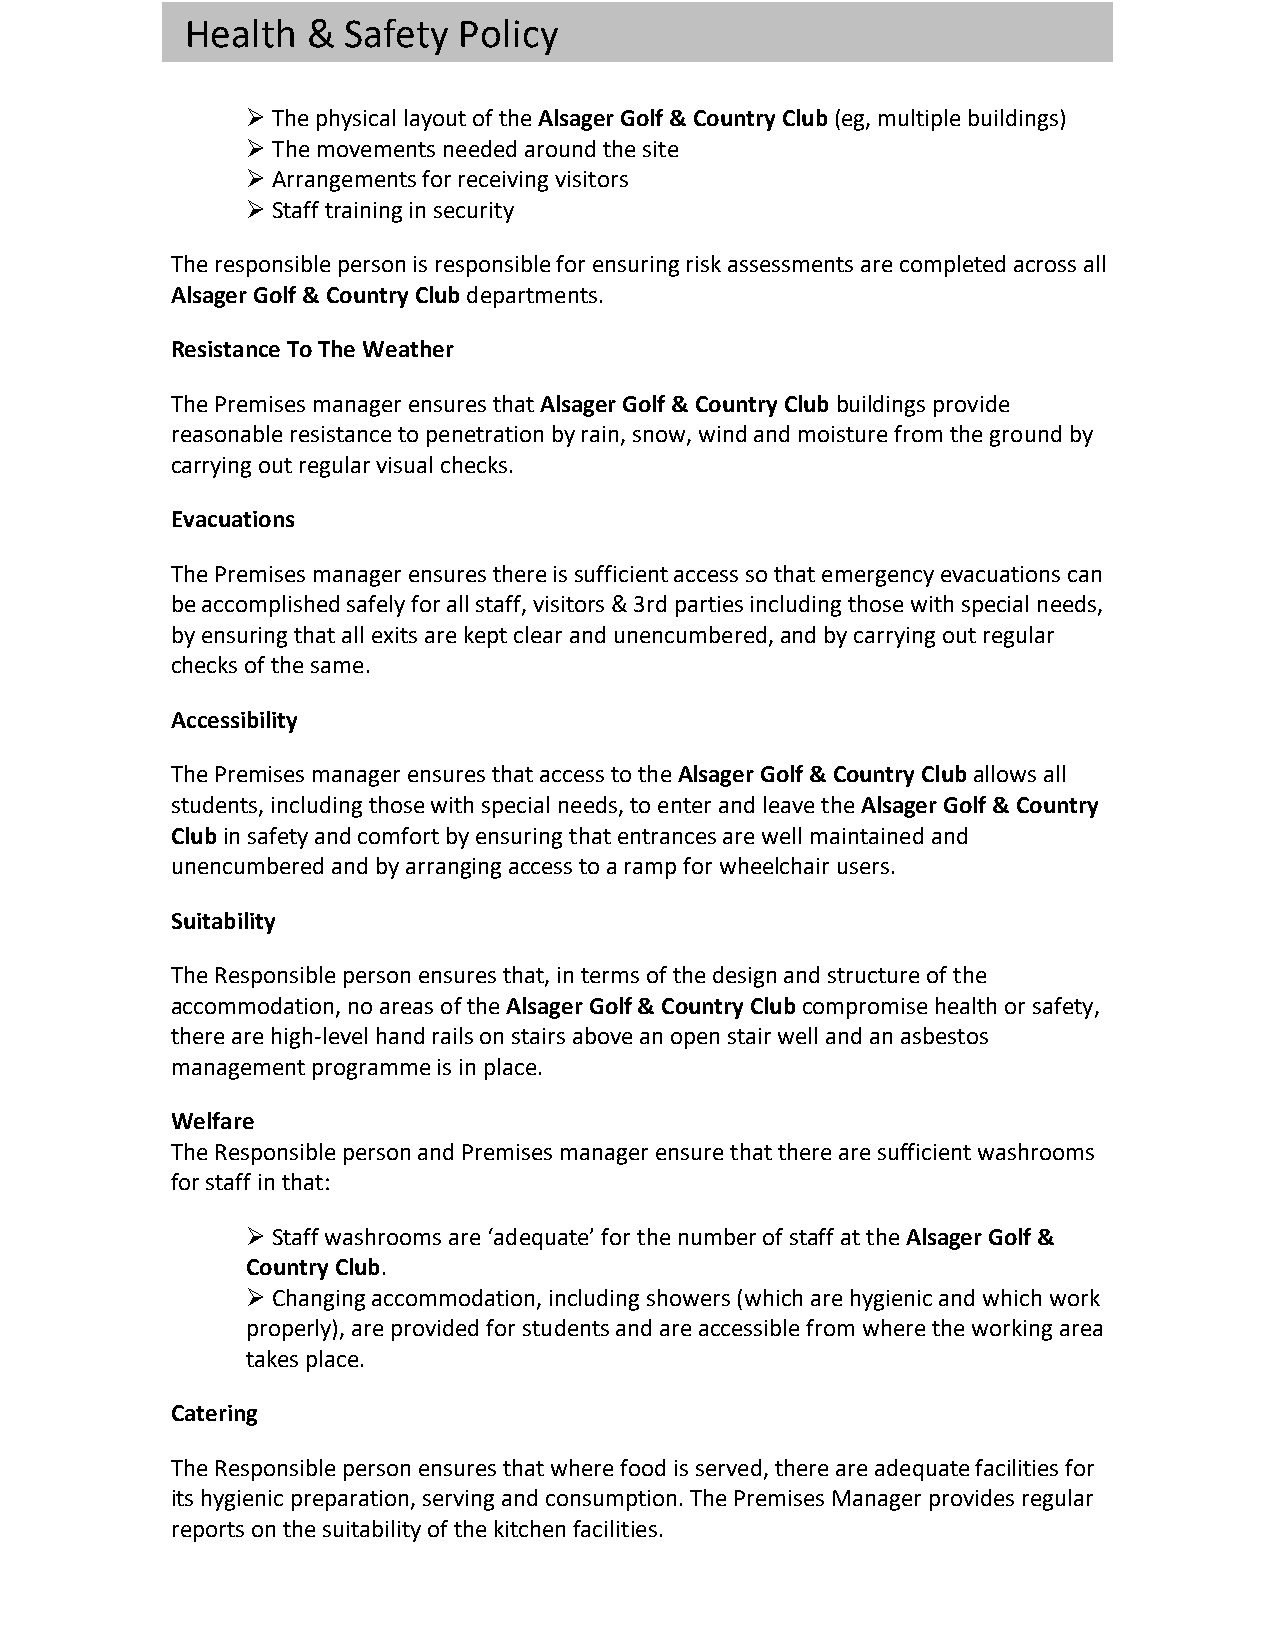
Health  &  Safety Policy
 Ø The physical layout of the Alsager Golf & Country Club (eg, multiple buildings)
 Ø The movements needed around the site
 Ø Arrangements for receiving visitors
 Ø Staff training in security
 The responsible person is responsible for ensuring risk assessments are completed across all
 Alsager Golf & Country Club departments.
 Resistance To The Weather
 The Premises manager ensures that Alsager Golf & Country Club buildings provide
 reasonable resistance to penetration by rain, snow, wind and moisture from the ground by
 carrying out regular visual checks.
 Evacuations
 The Premises manager ensures there is sufficient access so that emergency evacuations can
 be accomplished safely for all staff, visitors & 3rd parties including those with special needs,
 by ensuring that all exits are kept clear and unencumbered, and by carrying out regular
 checks of the same.
 Accessibility
 The Premises manager ensures that access to the Alsager Golf & Country Club allows all
 students, including those with special needs, to enter and leave the Alsager Golf & Country
 Club in safety and comfort by ensuring that entrances are well maintained and
 unencumbered and by arranging access to a ramp for wheelchair users.
 Suitability
 The Responsible person ensures that, in terms of the design and structure of the
 accommodation, no areas of the Alsager Golf & Country Club compromise health or safety,
 there are high-level hand rails on stairs above an open stair well and an asbestos
 management programme is in place.
 Welfare
 The Responsible person and Premises manager ensure that there are sufficient washrooms
 for staff in that:
 Ø Staff washrooms are ‘adequate’ for the number of staff at the Alsager Golf &
 Country Club.
 Ø Changing accommodation, including showers (which are hygienic and which work
 properly), are provided for students and are accessible from where the working area
 takes place.
 Catering
 The Responsible person ensures that where food is served, there are adequate facilities for
 its hygienic preparation, serving and consumption. The Premises Manager provides regular
 reports on the suitability of the kitchen facilities.